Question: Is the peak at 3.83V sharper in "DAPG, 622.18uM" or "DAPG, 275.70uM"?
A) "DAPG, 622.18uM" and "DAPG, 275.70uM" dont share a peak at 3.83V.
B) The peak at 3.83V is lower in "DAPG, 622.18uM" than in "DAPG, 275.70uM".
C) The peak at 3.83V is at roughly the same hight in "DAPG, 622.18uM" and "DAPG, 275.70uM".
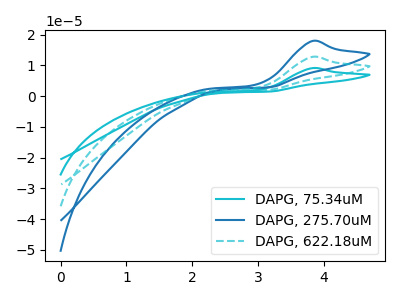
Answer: <think>The cyan curve "DAPG, 75.34uM" has an anodic peak at: (3.85V, 25.55uA). The blue curve "DAPG, 275.70uM" has an anodic peak at: (3.85V, 17.90uA). The cyan dashed curve "DAPG, 622.18uM" has an anodic peak at: (3.85V, 12.75uA).</think>
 <answer>B) The peak at 3.83V is lower in "DAPG, 622.18uM" than in "DAPG, 275.70uM".</answer>
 <eval>B</eval>